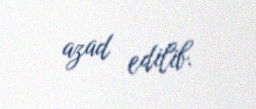
azad edilib.